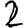
Digit: 2